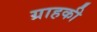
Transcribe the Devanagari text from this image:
ग्राहकी